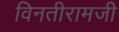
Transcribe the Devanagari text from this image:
विनतीरामजी